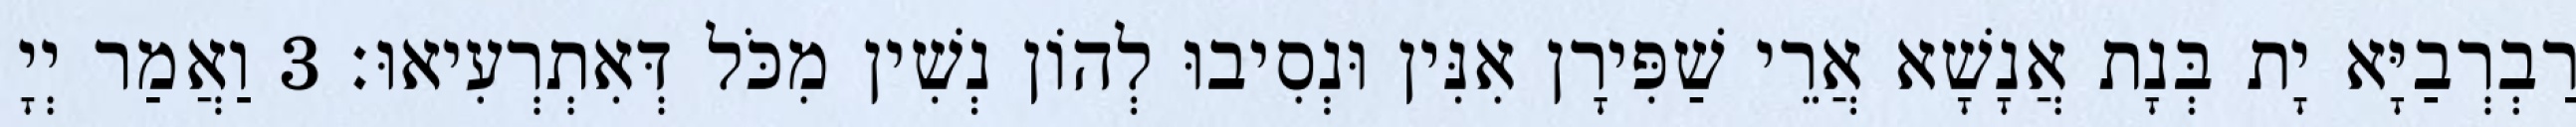
רַבְרְבַיָּא יָת בְּנָת אֲנָשָׁא אֲרֵי שַׁפִּירָן אִנִּין וּנְסִיבוּ לְהוֹן נְשִׁין מִכֹּל דְּאִתְרְעִיאוּ׃ 3 וַאֲמַר יְיָ